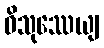
ဝိသုဿေယျ